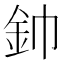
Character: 𮡥